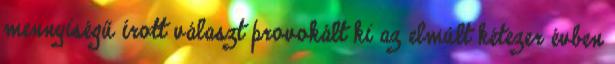
mennyiségű írott választ provokált ki az elmúlt kétezer évben